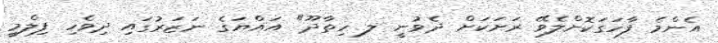
އެންމެ ފާހަގަކޮށްލެވޭ ރަށަކަށް ދެވުނީ ލ ހިތާދޫ" އައްޔަގެ ނަޒަރުގައި ދިވެހި ފިލްމީ